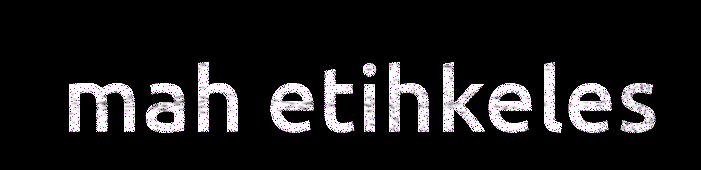
mah etihkeles